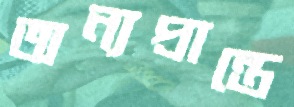
অন্যপ্রান্তে